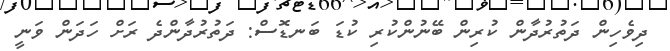
ދިވެހިން ދަތުރުދާން ކުރިން ބޭނުންކުރި ކުޑަ ބަނޑޮސް: ދަތުރުދާންދެ ރަށް ހަދަން ވަނީ